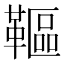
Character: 䩽